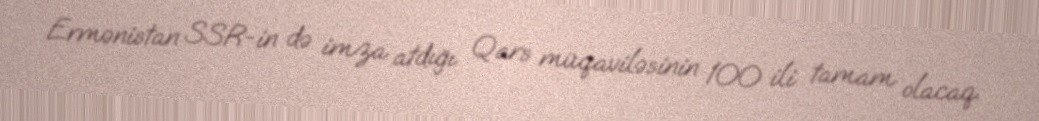
Ermənistan SSR-in də imza atdığı Qars müqaviləsinin 100 ili tamam olacaq.